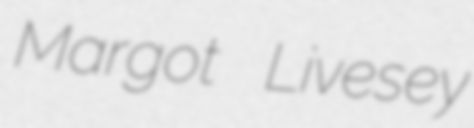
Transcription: Margot Livesey